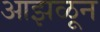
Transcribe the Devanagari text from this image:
आझळून